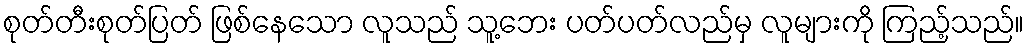
စုတ်တီးစုတ်ပြတ် ဖြစ်နေသော လူသည် သူ့ဘေး ပတ်ပတ်လည်မှ လူများကို ကြည့်သည်။